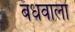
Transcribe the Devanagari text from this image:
बंधवाला